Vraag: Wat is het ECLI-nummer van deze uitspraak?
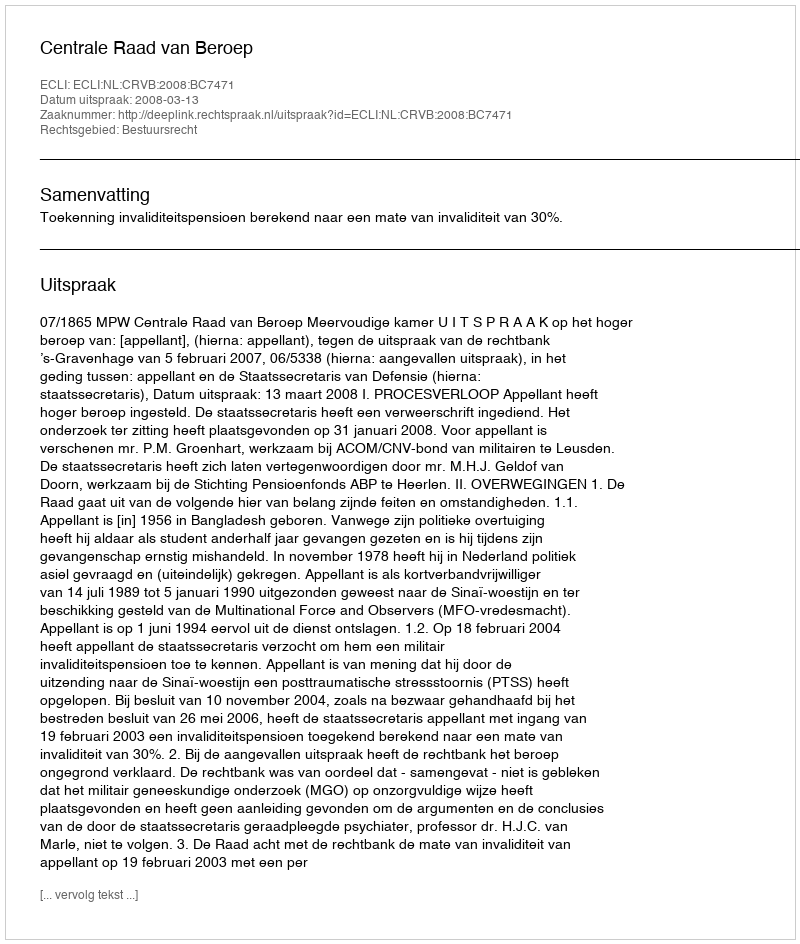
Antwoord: ECLI:NL:CRVB:2008:BC7471